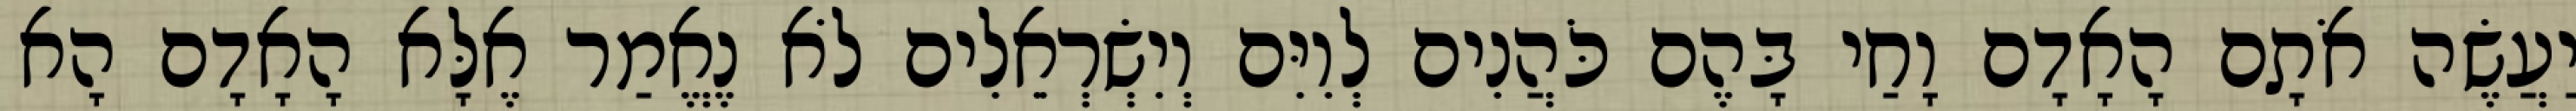
יַעֲשֶׂה אֹתָם הָאָדָם וָחַי בָּהֶם כֹּהֲנִים לְוִיִּם וְיִשְׂרְאֵלִים לֹא נֶאֱמַר אֶלָּא הָאָדָם הָא